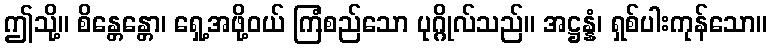
ဤသို့။ စိန္တေန္တော၊ ရှေ့အဖို့ဝယ် ကြံစည်သော ပုဂ္ဂိုလ်သည်။ အဋ္ဌန္နံ၊ ရှစ်ပါးကုန်သော။